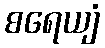
စရေယျံ